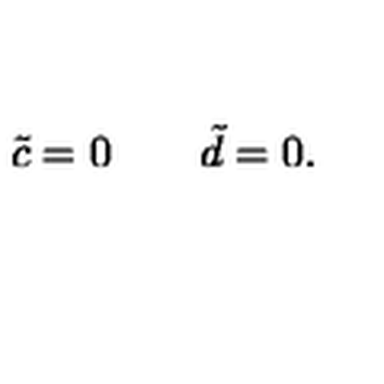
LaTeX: \quad \tilde { c } = 0 \quad \quad \tilde { d } = 0 .